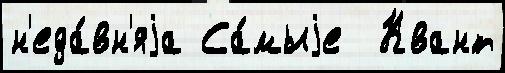
н'еда́вн'яjа Са́мыjе  Квант